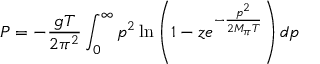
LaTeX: P = - \frac { g T } { 2 \pi ^ { 2 } } \int _ { 0 } ^ { \infty } p ^ { 2 } \ln \left( 1 - z e ^ { - \frac { p ^ { 2 } } { 2 M _ { \pi } T } } \right) d p